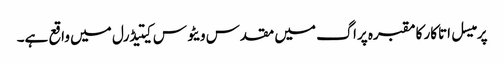
پرمیسل اتاکار کا مقبرہ پراگ میں مقدس ویٹوس کیتیڈرل میں واقع ہے۔